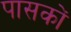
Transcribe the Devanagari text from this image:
पासकों